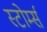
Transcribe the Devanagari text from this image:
स्टोर्म्स